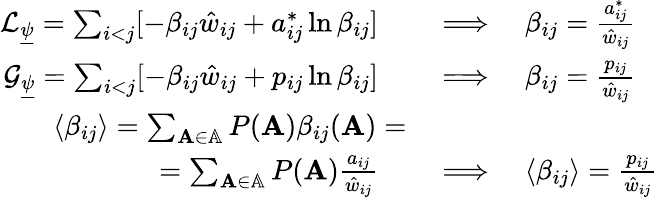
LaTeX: \begin{array}{rl}{\mathcal{L}_{\underline{{\psi}}}=\sum_{i<j}[-\beta_{ij}\hat{w}_{ij}+a_{ij}^{*}\ln\beta_{ij}]\quad}&{{}\Longrightarrow\quad\beta_{ij}=\frac{a_{ij}^{*}}{\hat{w}_{ij}}}\\ {\mathcal{G}_{\underline{{\psi}}}=\sum_{i<j}[-\beta_{ij}\hat{w}_{ij}+p_{ij}\ln\beta_{ij}]\quad}&{{}\Longrightarrow\quad\beta_{ij}=\frac{p_{ij}}{\hat{w}_{ij}}}\\ {\langle\beta_{ij}\rangle=\sum_{\mathbf{A}\in\mathbb{A}}P(\mathbf{A})\beta_{ij}(\mathbf{A})=}\\ {=\sum_{\mathbf{A}\in\mathbb{A}}P(\mathbf{A})\frac{a_{ij}}{\hat{w}_{ij}}\quad}&{{}\Longrightarrow\quad\langle\beta_{ij}\rangle=\frac{p_{ij}}{\hat{w}_{ij}}}\end{array}